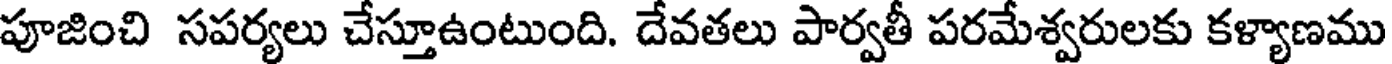
పూజించి సపర్యలు చేస్తూఉంటుంది. దేవతలు పార్వతీ పరమేశ్వరులకు కళ్యాణము